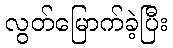
လွတ်မြောက်ခဲ့ပြီး